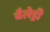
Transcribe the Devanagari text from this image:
बैलेड्री